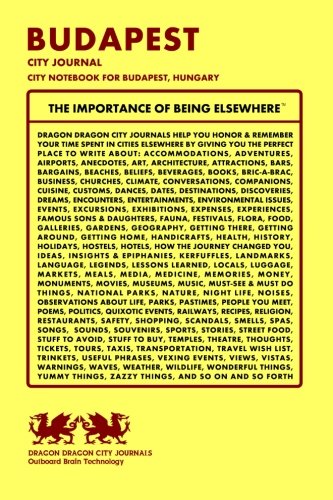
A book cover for Budapest City Journal, City Notebook for Budapest, Hungary; Dragon Dragon City Journals; Travel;